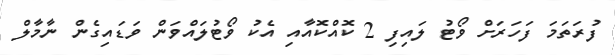
ފުރަތަމަ ފަހަރަށް ވޯޓު ލައިފި 2 ކޮއްކޮއާއި އެކު ވޯޓުލައްވަން ވަޑައިގެން ނާމާލް